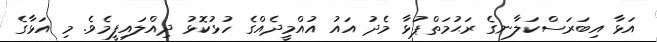
އަޅާ އިބަރަސްކަލާނގެ ރަޙުމަތްޕުޅާ މެދު އައު އުއްމީދެއްގެ ހުޅުކޮޅު ދިއްލައިފީމެވެ. މި އަޅާގެ